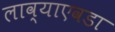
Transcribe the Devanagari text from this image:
लाव्याएवडा